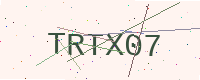
Text: TRTX07